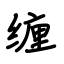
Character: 缠